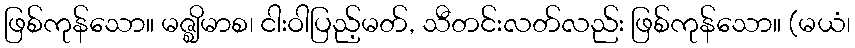
ဖြစ်ကုန်သော။ မဇ္ဈိမာစ၊ ငါးဝါပြည့်မတ်, သီတင်းလတ်လည်း ဖြစ်ကုန်သော။ (မယံ၊